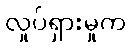
လှုပ်ရှားမှုက